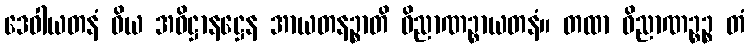
ဒေဝါယတနံ ဝိယ အဓိဋ္ဌာနဋ္ဌေန အာယတနဉ္စာတိ ဝိညာဏဉ္စာယတနံ။ တထာ ဝိညာဏဉ္စဉ္စ တံ